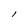
Character: l